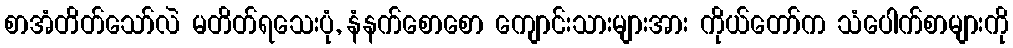
စာအံတိတ်သော်လဲ မတိတ်ရသေးပုံ, နံနက်စောစော ကျောင်းသားများအား ကိုယ်တော်က သံပေါက်စာများကို